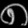
Digit: ၈